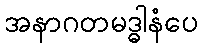
အနာဂတမဒ္ဓါနံပေ